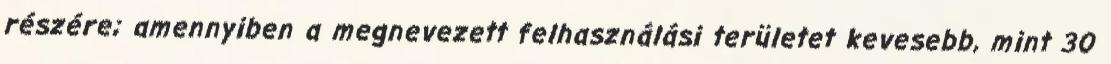
részére; amennyiben a megnevezett felhasználási területet kevesebb, mint 30